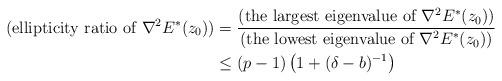
LaTeX: \begin{align*}(\textrm{ellipticity ratio of $\nabla^{2}E^{\ast}(z_{0})$})&=\frac{(\textrm{the largest eigenvalue of $\nabla^{2}E^{\ast}(z_{0})$})}{(\textrm{the lowest eigenvalue of $\nabla^{2}E^{\ast}(z_{0})$})}\\&\le (p-1)\left(1+(\delta-b)^{-1}\right)\end{align*}